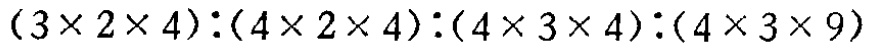
\((3\times 2\times 4):(4\times 2\times 4):(4\times 3\times 4):(4\times 3\times 9)\)